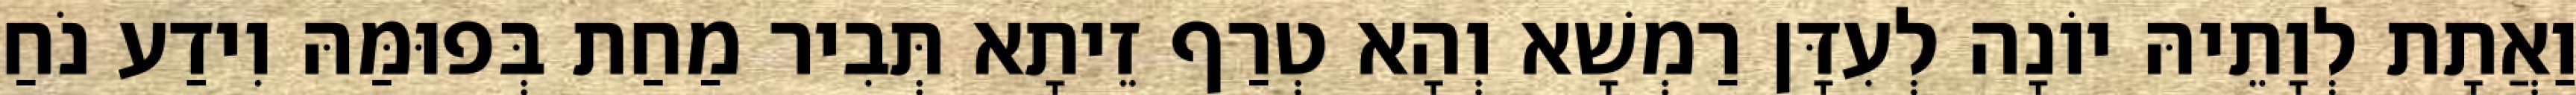
וַאֲתָת לְוָתֵיהּ יוֹנָה לְעִדָּן רַמְשָׁא וְהָא טְרַף זֵיתָא תְּבִיר מַחַת בְּפוּמַּהּ וִידַע נֹחַ